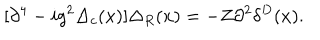
[ \partial ^ { 4 } - i g ^ { 2 } \Delta _ { c } ( x ) ] \Delta _ { R } ( x ) = - Z \partial ^ { 2 } \delta ^ { D } ( x ) .